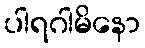
ပါရဂါမိနော